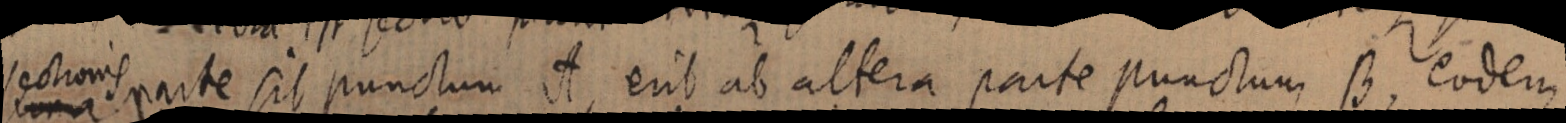
sectionis parte sit punctum A, erit ab altera parte punctum B, eodem